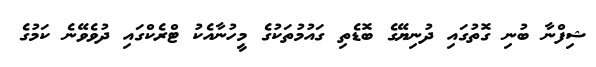
ޝިފްނާ ބުނި ގޮތުގައި ދުނިޔޭގެ ބޮޑެތި ގައުމުތަކުގެ މީހުނާއެކު ޓްރެކްގައި ދުވެވޭނެ ކަމުގެ